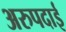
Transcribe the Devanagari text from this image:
अरुपदाई